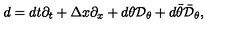
d = d t \partial _ { t } + \Delta x \partial _ { x } + d \theta { \cal D } _ { \theta } + d \bar { \theta } \bar { { \cal D } } _ { \theta } ,